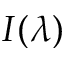
I ( \lambda )